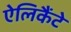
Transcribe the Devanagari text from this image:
ऐलिकैंटे